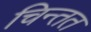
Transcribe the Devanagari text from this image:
चिन्तत